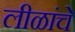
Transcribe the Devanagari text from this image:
लीळांचे